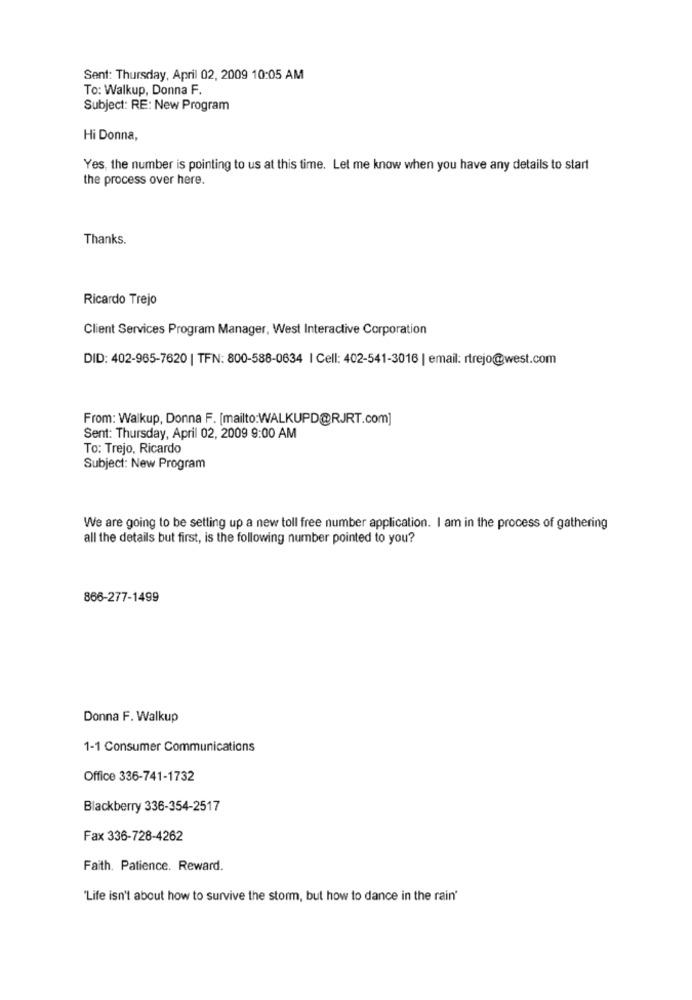
Sent: Thursday, April 02, 2009 10:05 AM
To: Walkup, Donna F.
Subject: RE: New Program
Hi Donna,
Yes, the number is pointing to us at this time. Let me know when you have any details to start
the process over here.
Thanks.
Ricardo Trejo
Client Services Program Manager, West Interactive Corporation
DID: 402-965-7620 | TFN: 800-588-0634 | Cell: 402-541-3016 | email: rtrejo@west.com
From: Walkup, Donna F. [mailto:WALKUPD@RJRT.com]
Sent: Thursday, April 02, 2009 9:00 AM
To: Trejo, Ricardo
Subject: New Program
We are going to be setting up a new toll free number application. I am in the process of gathering
all the details but first, is the following number pointed to you?
866-277-1499
Donna F. Walkup
1-1 Consumer Communications
Office 336-741-1732
Blackberry 336-354-2517
Fax 336-728-4262
Faith. Patience. Reward.
'Life isn't about how to survive the storm, but how to dance in the rain'